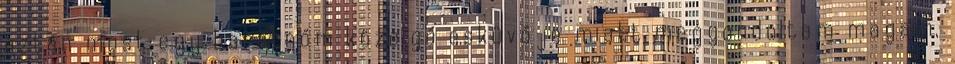
aztán most egy barátnőm közelgő esküvője miatt meggondoltam magam,